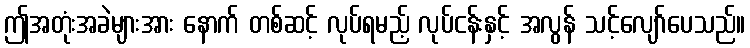
ဤအတုံးအခဲများအား နောက် တစ်ဆင့် လုပ်ရမည့် လုပ်ငန်းနှင့် အလွန် သင့်လျော်ပေသည်။